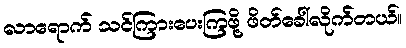
လာရောက် သင်ကြားပေးကြဖို့ ဖိတ်ခေါ်လိုက်တယ်။